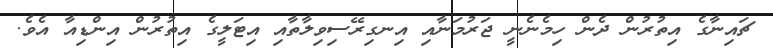
ޗައިނާގެ އިތުރުން ދެން ހިމެނެނީ ޖަރުމަނާއި އިނގިރޭސިވިލާތާއި އިޓަލީގެ އިތުރުން އިންޑިއާ އެވެ.